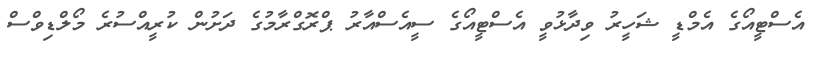
އެސްޓީއޯގެ އެމްޑީ ޝަހީރު ވިދާޅުވީ އެސްޓީއޯގެ ސީއެސްއާރު ޕްރޮގްރާމުގެ ދަށުން ކުރީއްސުރެ މޯލްޑިވްސް